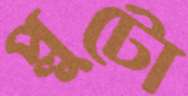
প্লুটো